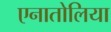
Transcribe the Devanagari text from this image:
एनातोलिया